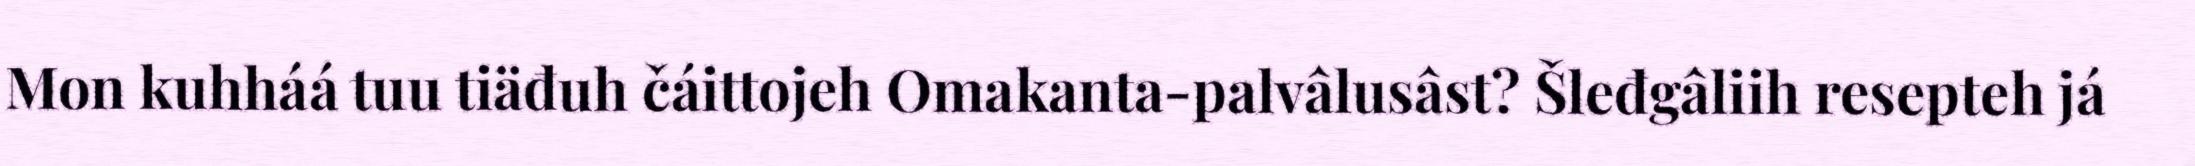
Mon kuhháá tuu tiäđuh čáittojeh Omakanta-palvâlusâst? Šleđgâliih resepteh já